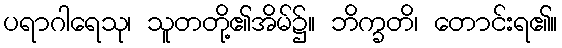
ပရာဂါရေသု၊ သူတတို့၏အိမ်၌။ ဘိက္ခတိ၊ တောင်းရ၏။